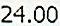
24.00